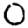
Digit: 0